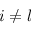
i \ne l